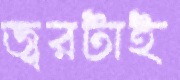
জ্বরটাই